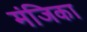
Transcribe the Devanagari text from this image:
मंजिका